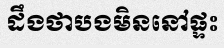
ដឹងថាបងមិននៅផ្ទះ